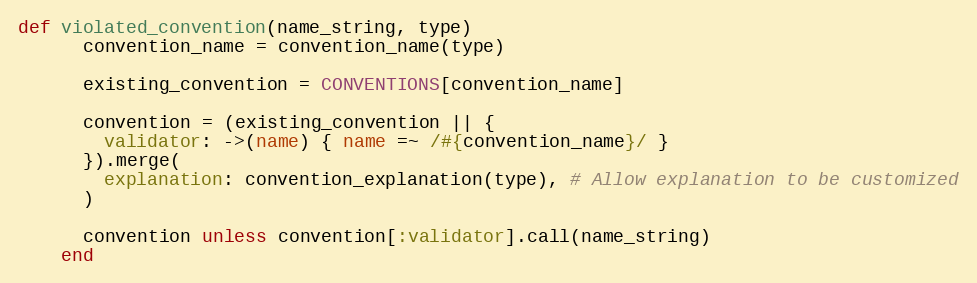
Language: Ruby
def violated_convention(name_string, type)
      convention_name = convention_name(type)

      existing_convention = CONVENTIONS[convention_name]

      convention = (existing_convention || {
        validator: ->(name) { name =~ /#{convention_name}/ }
      }).merge(
        explanation: convention_explanation(type), # Allow explanation to be customized
      )

      convention unless convention[:validator].call(name_string)
    end